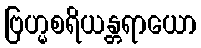
ဗြဟ္မစရိယန္တရာယော